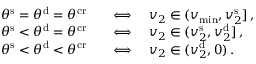
\begin{array} { r l } { \theta ^ { \mathrm { s } } = \theta ^ { \mathrm { d } } = \theta ^ { \mathrm { c r } } \quad } & { \Longleftrightarrow \quad v _ { 2 } \in ( v _ { \operatorname* { m i n } } , v _ { 2 } ^ { \mathrm { s } } ] \, , } \\ { \theta ^ { \mathrm { s } } < \theta ^ { \mathrm { d } } = \theta ^ { \mathrm { c r } } \quad } & { \Longleftrightarrow \quad v _ { 2 } \in ( v _ { 2 } ^ { \mathrm { s } } , v _ { 2 } ^ { \mathrm { d } } ] \, , } \\ { \theta ^ { \mathrm { s } } < \theta ^ { \mathrm { d } } < \theta ^ { \mathrm { c r } } \quad } & { \Longleftrightarrow \quad v _ { 2 } \in ( v _ { 2 } ^ { \mathrm { d } } , 0 ) \, . } \end{array}